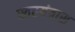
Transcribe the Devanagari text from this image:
स्वरयंत्रास